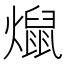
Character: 𰟨